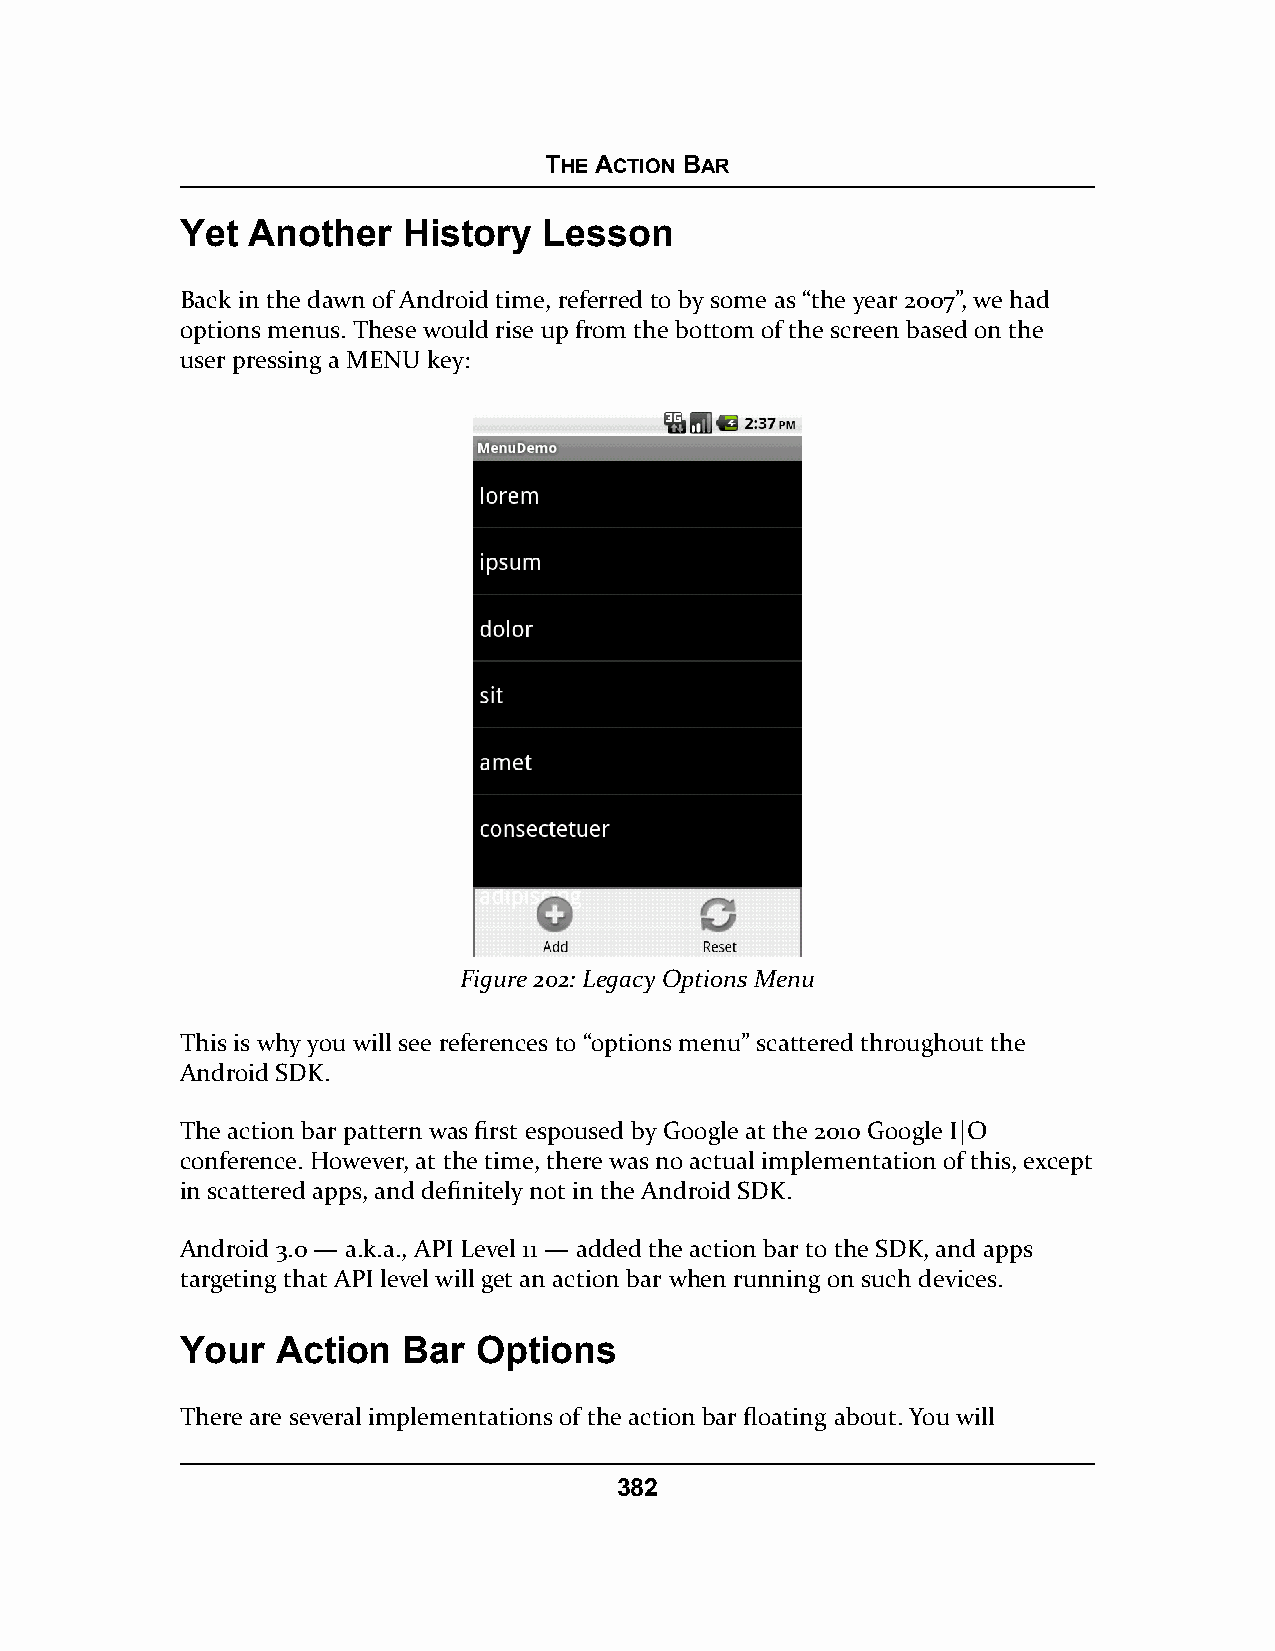
THE ACTION BAR
 Yet Another    History  Lesson
 Back in the dawn of Android time, referred to by some as “the year 2007”, we had
 options menus. These would rise up from the bottom of the screen based on the
 user pressing a MENU key:
 Figure 202: Legacy Options Menu
 This is why you will see references to “options menu” scattered throughout the
 Android SDK.
 The action bar pattern was first espoused by Google at the 2010 Google I|O
 conference. However, at the time, there was no actual implementation of this, except
 in scattered apps, and definitely not in the Android SDK.
 Android 3.0 — a.k.a., API Level 11 — added the action bar to the SDK, and apps
 targeting that API level will get an action bar when running on such devices.
 Your  Action   Bar  Options
 There are several implementations of the action bar floating about. You will
 382